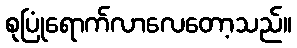
စုပြုံရောက်လာလေတော့သည်။